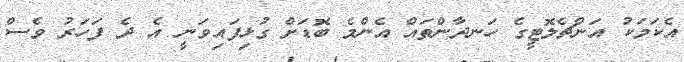
އެކަމަކު އަންޗެލޮޓީގެ ހަނދާންތައް އެންމެ ބޮޑަށް ގުޅިފައިވަނީ އެ ދެ ފަހަރު ވެސް